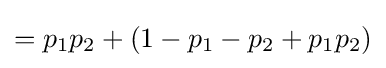
=p_{1}p_{2}+(1-p_{1}-p_{2}+p_{1}p_{2})